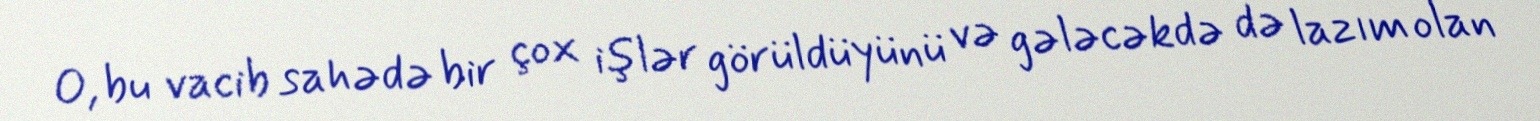
O, bu vacib sahədə bir çox işlər görüldüyünü və gələcəkdə də lazım olan